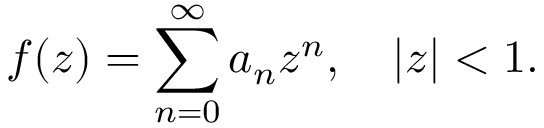
f ( z ) = \sum _ { n = 0 } ^ { \infty } a _ { n } z ^ { n } , \ \ \ | z | < 1 .